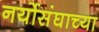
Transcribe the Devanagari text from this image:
नर्योसंघाच्या